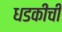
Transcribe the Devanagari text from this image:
धडकीची